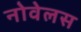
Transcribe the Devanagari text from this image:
नोवेलस